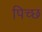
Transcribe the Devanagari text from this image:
पिच्छ